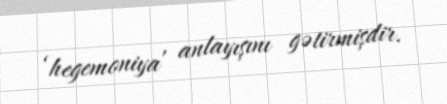
‘hegemoniya’ anlayışını gətirmişdir.